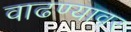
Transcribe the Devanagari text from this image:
वाढण्यावर